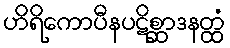
ဟိရိကောပီနပဋိစ္ဆာဒနတ္ထံ